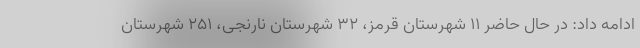
ادامه داد: در حال حاضر ۱۱ شهرستان قرمز، ۳۲ شهرستان نارنجی، ۲۵۱ شهرستان